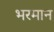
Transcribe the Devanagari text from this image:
भरमान